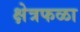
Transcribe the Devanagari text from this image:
क्षेत्रफळा